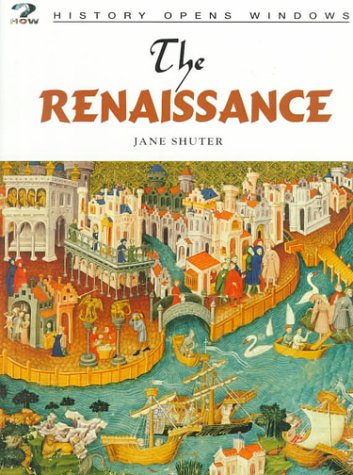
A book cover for The Renaissance (History Opens Windows); Jane Shuter; Children's Books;